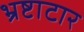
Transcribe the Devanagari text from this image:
भ्रष्टाटार